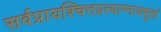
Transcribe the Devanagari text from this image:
सर्वप्रायश्चित्तप्रत्याम्नायभूतां